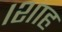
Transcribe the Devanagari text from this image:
।शाह